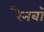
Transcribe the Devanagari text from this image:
रैनबॉ